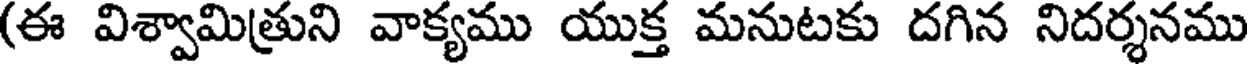
(ఈ విశ్వామిత్రుని వాక్యము యుక్త మనుటకు దగిన నిదర్శనము